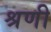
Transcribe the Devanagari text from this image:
श्रणी